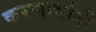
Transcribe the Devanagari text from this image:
करणार्यानी